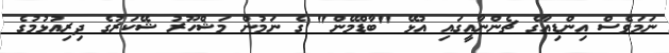
ނަމަވެސް އިންޑިއާގެ ޗެންނާއީގައި އުޅޭ "ބާޑްމޭން" ގެ ނަމުން މަޝްހޫރު ޝޭކަރުގެ ދިރިއުޅުމުގެ